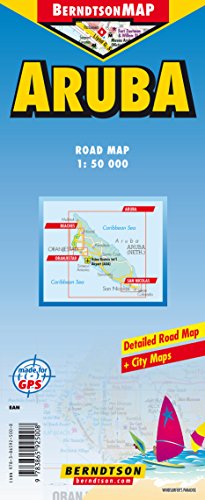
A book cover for Country Map of Aruba; Berndtson Maps; Travel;